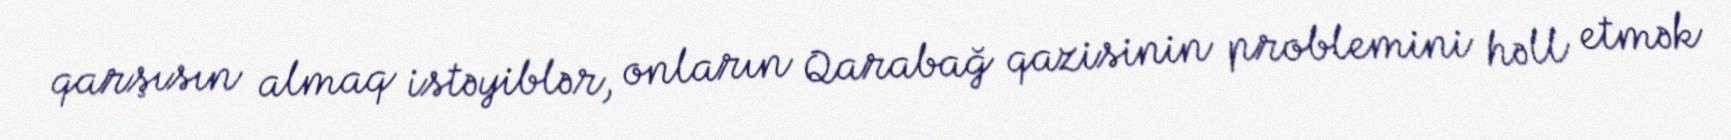
qarşısın almaq istəyiblər, onların Qarabağ qazisinin problemini həll etmək